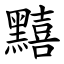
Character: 䵱